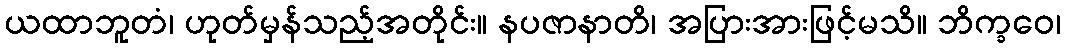
ယထာဘူတံ၊ ဟုတ်မှန်သည့်အတိုင်း။ နပဇာနာတိ၊ အပြားအားဖြင့်မသိ။ ဘိက္ခဝေ၊